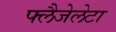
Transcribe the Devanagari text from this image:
फ्लैजेलेटा